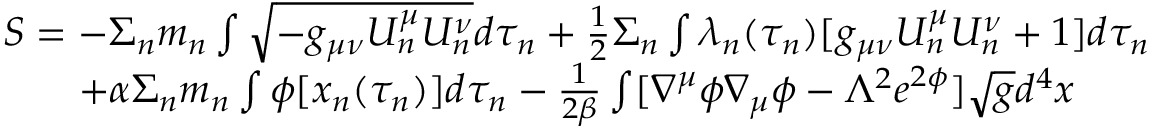
\begin{array} { c } { { S = - \Sigma _ { n } m _ { n } \int \sqrt { - g _ { \mu \nu } U _ { n } ^ { \mu } U _ { n } ^ { \nu } } d \tau _ { n } + \frac { 1 } { 2 } \Sigma _ { n } \int \lambda _ { n } ( \tau _ { n } ) [ g _ { \mu \nu } U _ { n } ^ { \mu } U _ { n } ^ { \nu } + 1 ] d \tau _ { n } } } \\ { { + \alpha \Sigma _ { n } m _ { n } \int \phi [ x _ { n } ( \tau _ { n } ) ] d \tau _ { n } - \frac { 1 } { 2 \beta } \int [ \nabla ^ { \mu } \phi \nabla _ { \mu } \phi - \Lambda ^ { 2 } e ^ { 2 \phi } ] \sqrt { g } d ^ { 4 } x } } \end{array}